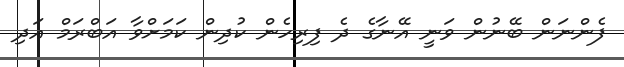
ފެންނަން ބޭނުން ވަނީ އޭނާގެ ދެ ފިރިހެން ކުދިން ކަމަށްވާ އަބްރަމް އަދި